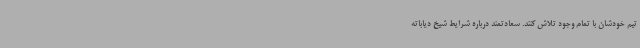
تیم خودشان با تمام وجود تلاش کنند. سعادتمند درباره شرایط شیخ دیاباته